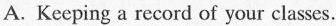
A. Keeping a reeons of your clas.